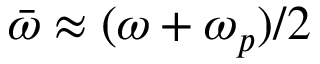
\bar { \omega } \approx ( \omega + \omega _ { p } ) / 2